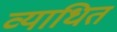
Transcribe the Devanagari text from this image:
व्याधित